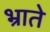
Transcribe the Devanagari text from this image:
भ्राते